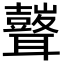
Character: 𮋾